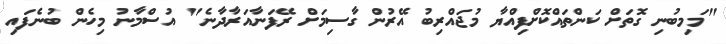
"މަމިބުނި ގޮތަށް ކަންތައްކޮށްފިއްޔާ މުޖައްރިބު އޭރުން ގާސިމަށް ރޭފަނާއަރާދާނެ" އުސްމާނު މިހެން ބުނެފައި